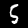
Label: 5